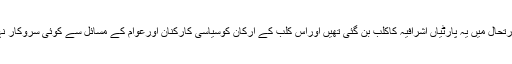
اس صورتحال میں یہ پارٹیاں اشرافیہ کاکلب بن گئی تھیں اوراس کلب کے ارکان کوسیاسی کارکنان اورعوام کے مسائل سے کوئی سروکار نہیں تھا ۔